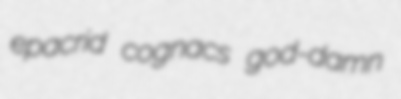
epacrid cognacs god-damn